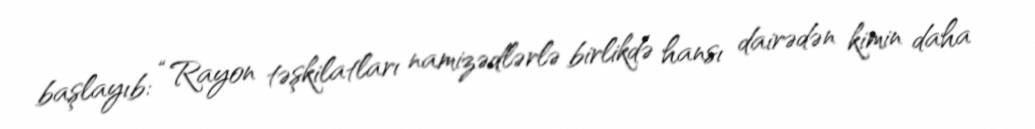
başlayıb: “Rayon təşkilatları namizədlərlə birlikdə hansı dairədən kimin daha